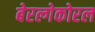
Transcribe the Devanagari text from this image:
बेरल्गेकोरल